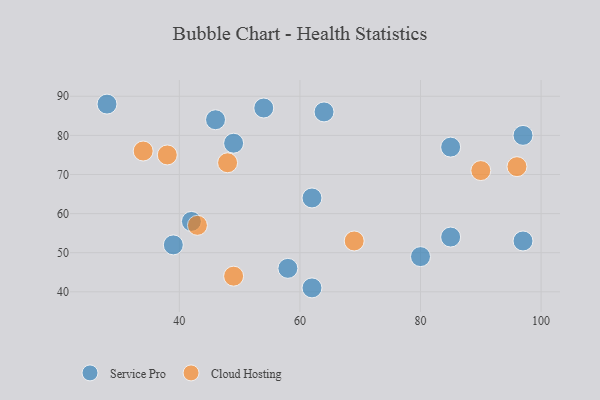
{"axis": {"x": "GDP", "y": "Life Expectancy"}, "legend": ["Cloud Hosting", "Service Pro"], "data": [{"x": "62", "y": 41, "type": "Service Pro"}, {"x": "42", "y": 58, "type": "Service Pro"}, {"x": "28", "y": 88, "type": "Service Pro"}, {"x": "62", "y": 64, "type": "Service Pro"}, {"x": "39", "y": 52, "type": "Service Pro"}, {"x": "85", "y": 54, "type": "Service Pro"}, {"x": "58", "y": 46, "type": "Service Pro"}, {"x": "97", "y": 80, "type": "Service Pro"}, {"x": "97", "y": 53, "type": "Service Pro"}, {"x": "54", "y": 87, "type": "Service Pro"}, {"x": "85", "y": 77, "type": "Service Pro"}, {"x": "80", "y": 49, "type": "Service Pro"}, {"x": "46", "y": 84, "type": "Service Pro"}, {"x": "49", "y": 78, "type": "Service Pro"}, {"x": "64", "y": 86, "type": "Service Pro"}, {"x": "34", "y": 76, "type": "Cloud Hosting"}, {"x": "49", "y": 44, "type": "Cloud Hosting"}, {"x": "96", "y": 72, "type": "Cloud Hosting"}, {"x": "48", "y": 73, "type": "Cloud Hosting"}, {"x": "43", "y": 57, "type": "Cloud Hosting"}, {"x": "90", "y": 71, "type": "Cloud Hosting"}, {"x": "38", "y": 75, "type": "Cloud Hosting"}, {"x": "69", "y": 53, "type": "Cloud Hosting"}]}